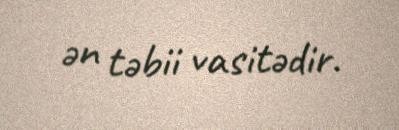
ən təbii vasitədir.